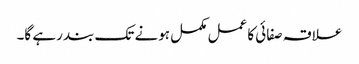
علاقہ صفائی کا عمل مکمل ہونے تک بند رہے گا۔